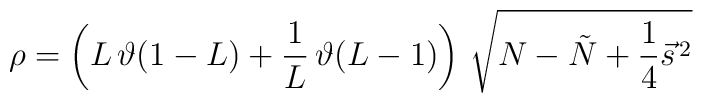
\rho=\left(L\,\vartheta(1-L)+\frac{1}{L}\, \vartheta(L-1)\right)\,\sqrt{N-\tilde{N}+\frac{1}{4}\vec{s}^{\,2}}